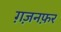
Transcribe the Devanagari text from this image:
ग़ज़नफ़र